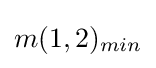
m(1,2)_{min}